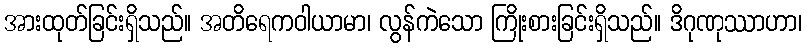
အားထုတ်ခြင်းရှိသည်။ အတိရေကဝါယာမာ၊ လွန်ကဲသော ကြိုးစားခြင်းရှိသည်။ ဒိဂုဏုဿာဟာ၊